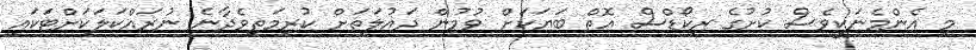
މި އެންމެނަކީވެސް ކުށުގެ ރިކޯޑްސް އޮތް ބަޔަކަށް ވުމުން ދައުލަތަށް ކުރިމަތިވެދާނެ ނުރައްކަލަކަށްޓަކައި